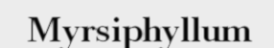
Myrsiphyllum